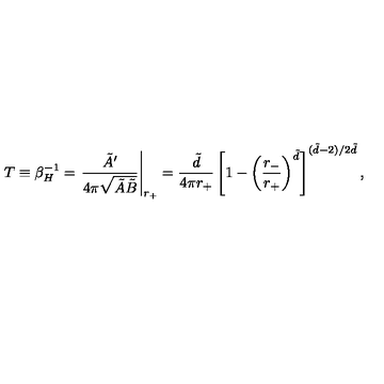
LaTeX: T \equiv \beta _ { H } ^ { - 1 } = \left. \frac { \tilde { A } ^ { \prime } } { 4 \pi \sqrt { \tilde { A } \tilde { B } } } \right| _ { r _ { + } } \nonumber = \frac { \tilde { d } } { 4 \pi r _ { + } } \left[ 1 - \left( \frac { r _ { - } } { r _ { + } } \right) ^ { \tilde { d } } \right] ^ { ( \tilde { d } - 2 ) / 2 \tilde { d } } ,